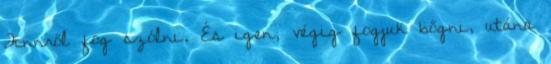
Finnről fog szólni. És igen, végig fogjuk bőgni, utána